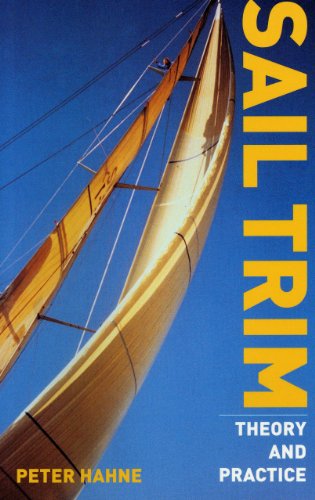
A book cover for Sail Trim: Theory and Practice; Peter Hahne; Engineering & Transportation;